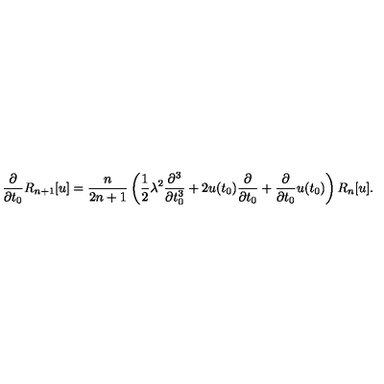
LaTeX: \frac { \partial } { \partial t _ { 0 } } R _ { n + 1 } [ u ] = \frac { n } { 2 n + 1 } \left( \frac { 1 } { 2 } \lambda ^ { 2 } \frac { \partial ^ { 3 } } { \partial t _ { 0 } ^ { 3 } } + 2 u ( t _ { 0 } ) \frac { \partial } { \partial t _ { 0 } } + \frac { \partial } { \partial t _ { 0 } } u ( t _ { 0 } ) \right) R _ { n } [ u ] .